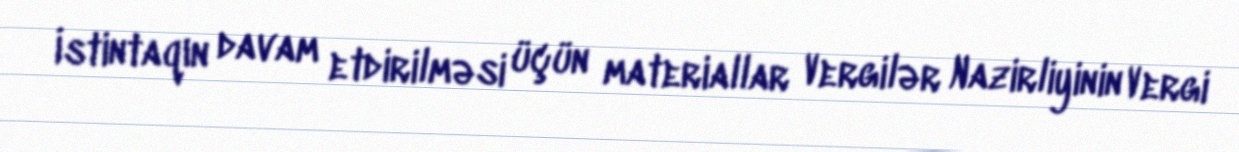
İstintaqın davam etdirilməsi üçün materiallar Vergilər Nazirliyinin Vergi